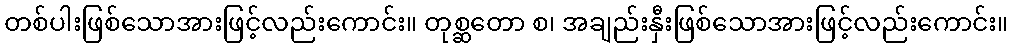
တစ်ပါးဖြစ်သောအားဖြင့်လည်းကောင်း။ တုစ္ဆတော စ၊ အချည်းနှီးဖြစ်သောအားဖြင့်လည်းကောင်း။